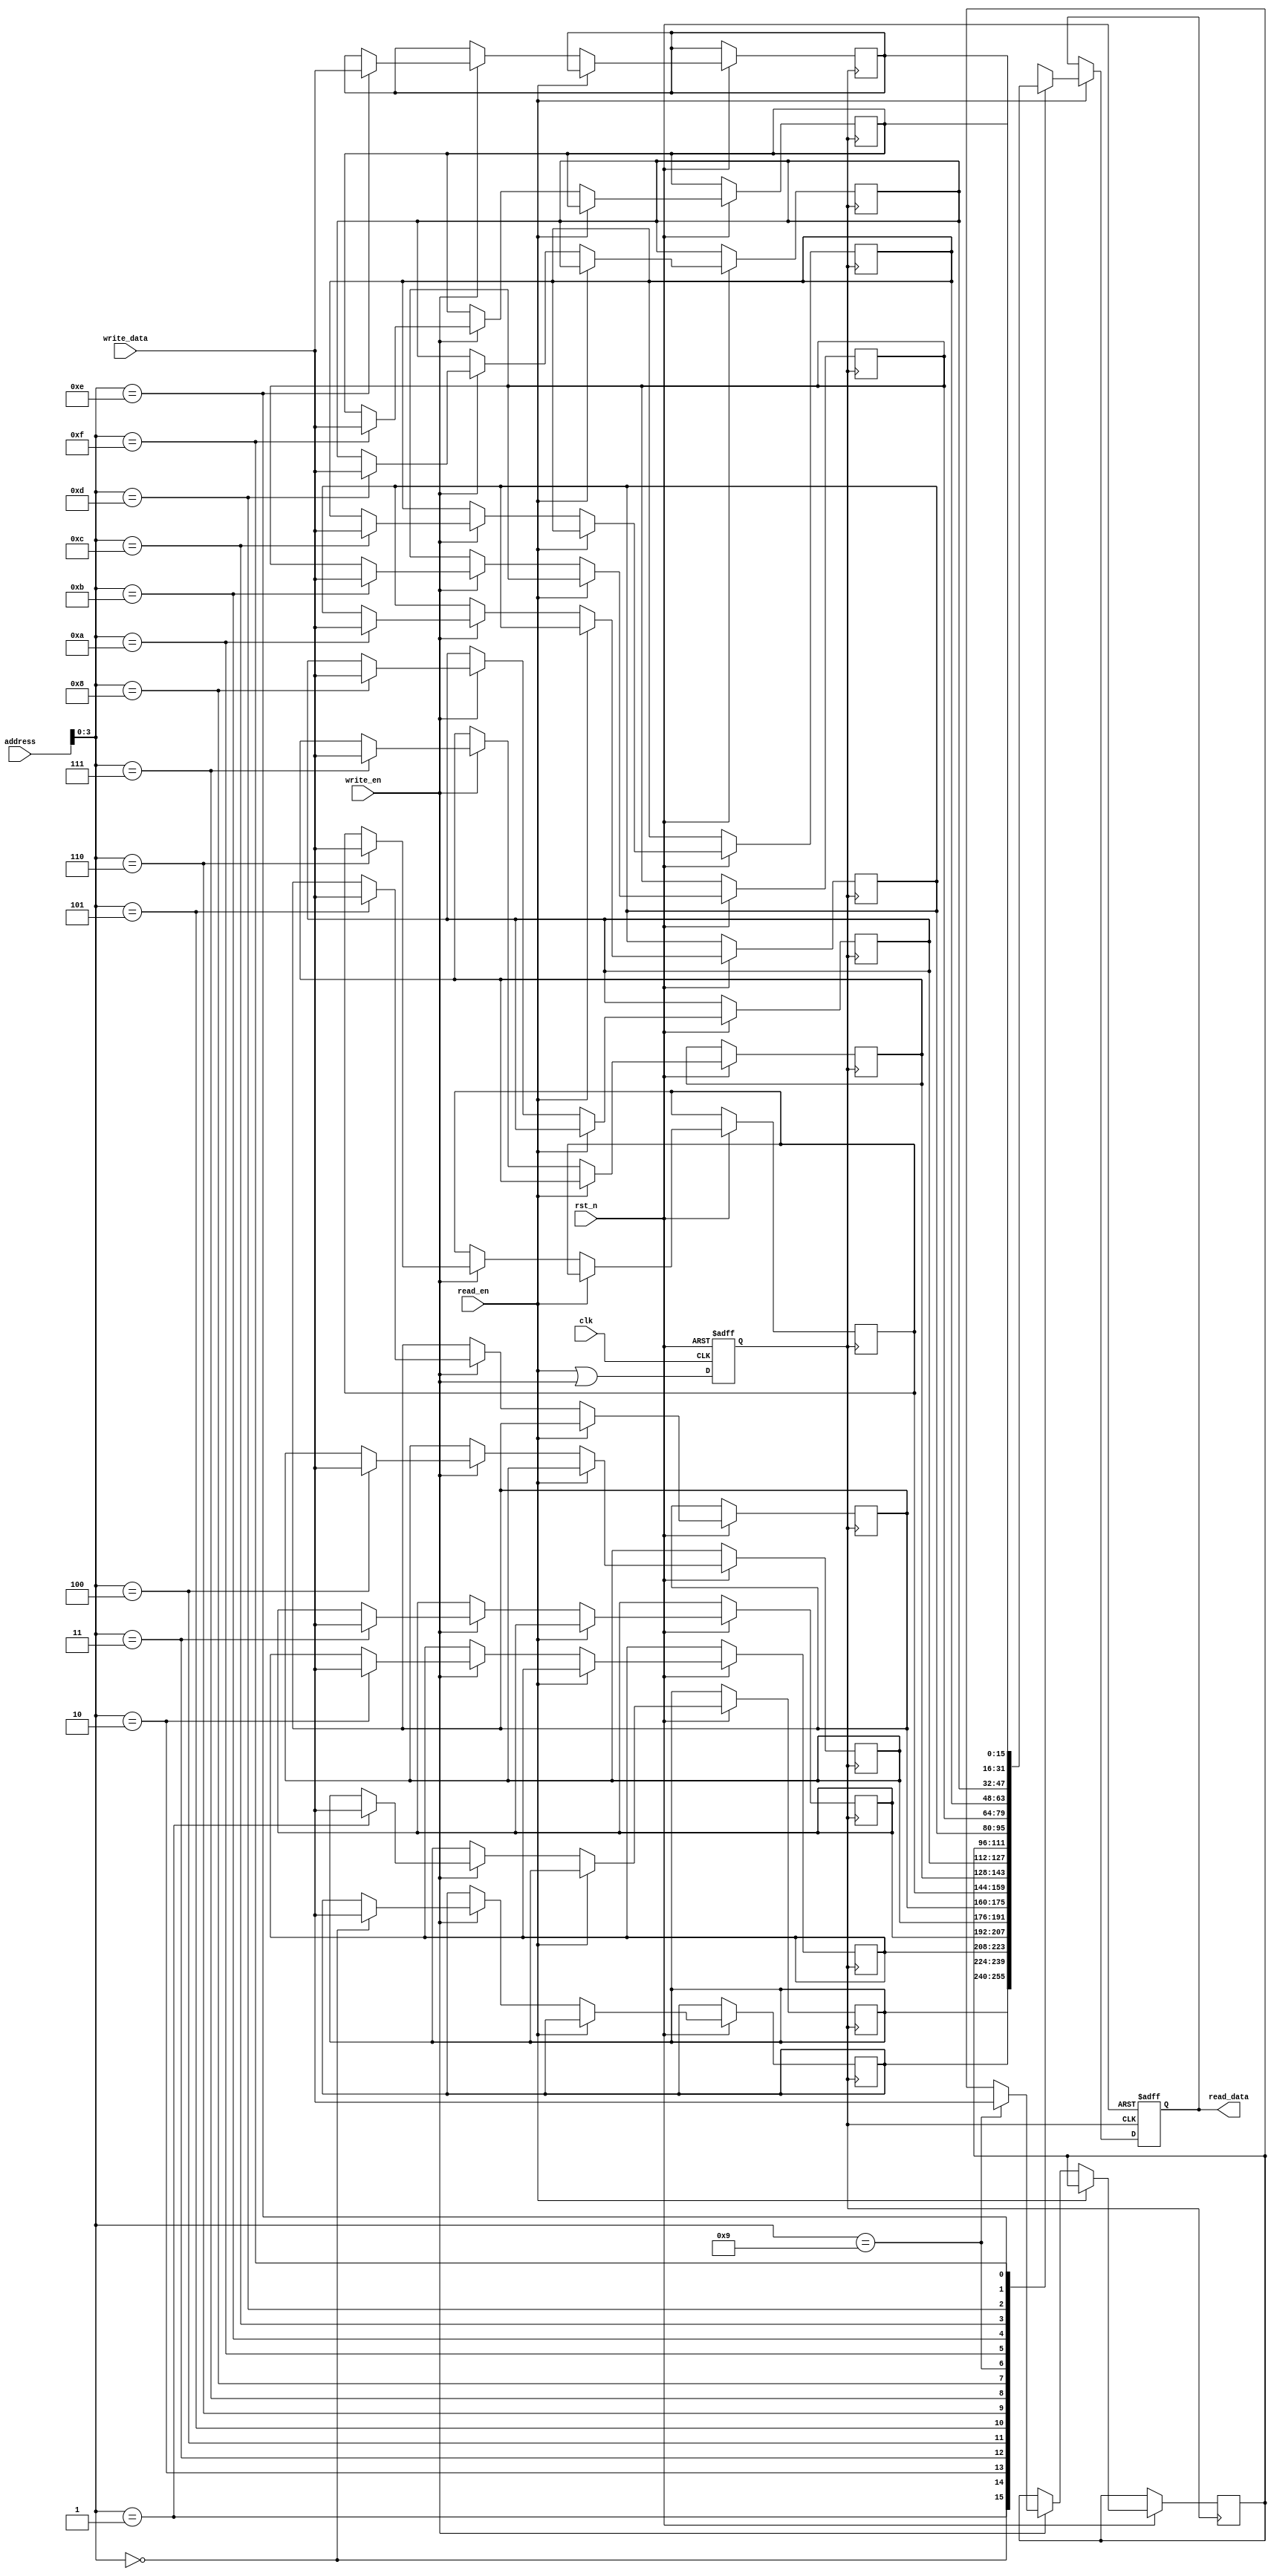
module MemoryBlock (
    input wire clk,                // Main clock
    input wire rst_n,              // Active low reset
    input wire read_en,            // Read enable signal
    input wire write_en,           // Write enable signal
    input wire [7:0] address,      // Address for memory access
    input wire [15:0] write_data,  // Data to write
    output reg [15:0] read_data     // Data read from memory
);

    // Memory array (16 words of 16 bits each)
    reg [15:0] memory_array [0:15];

    // Clock gating signal
    reg gated_clk;
    reg activity_detected;

    // Activity detection logic
    always @(*) begin
        activity_detected = read_en || write_en;
    end

    // Clock gating logic
    always @(posedge clk or negedge rst_n) begin
        if (!rst_n) begin
            gated_clk <= 1'b0; // Reset gated clock
        end else begin
            gated_clk <= activity_detected; // Gated clock follows activity
        end
    end

    // Memory operations with gated clock
    always @(posedge gated_clk or negedge rst_n) begin
        if (!rst_n) begin
            read_data <= 16'b0; // Reset read data
        end else if (read_en) begin
            read_data <= memory_array[address]; // Read operation
        end else if (write_en) begin
            memory_array[address] <= write_data; // Write operation
        end
    end

endmodule